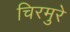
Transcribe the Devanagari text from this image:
चिरमुरे